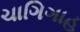
ચાગિગાહ